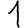
Digit: 1